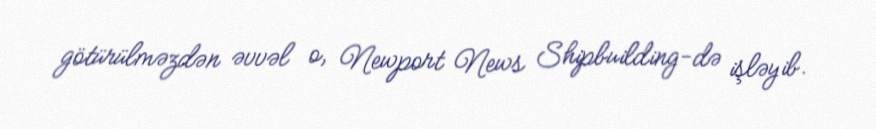
götürülməzdən əvvəl o, Newport News Shipbuilding-də işləyib.